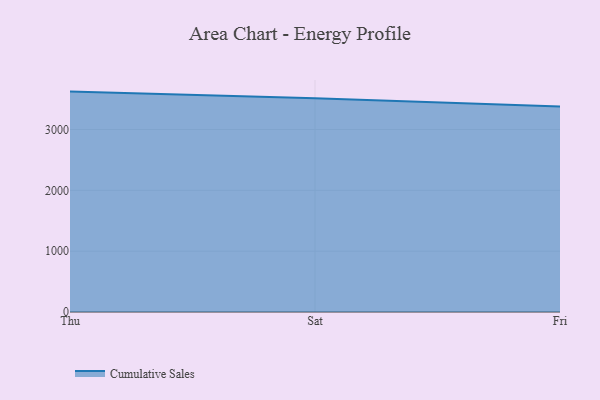
{"axis": {"x": "Day", "y": "Page Views"}, "legend": ["Cumulative Sales"], "data": [{"x": "Thu", "y": 3622.8, "type": "Cumulative Sales"}, {"x": "Sat", "y": 3513.8, "type": "Cumulative Sales"}, {"x": "Fri", "y": 3377.1, "type": "Cumulative Sales"}]}